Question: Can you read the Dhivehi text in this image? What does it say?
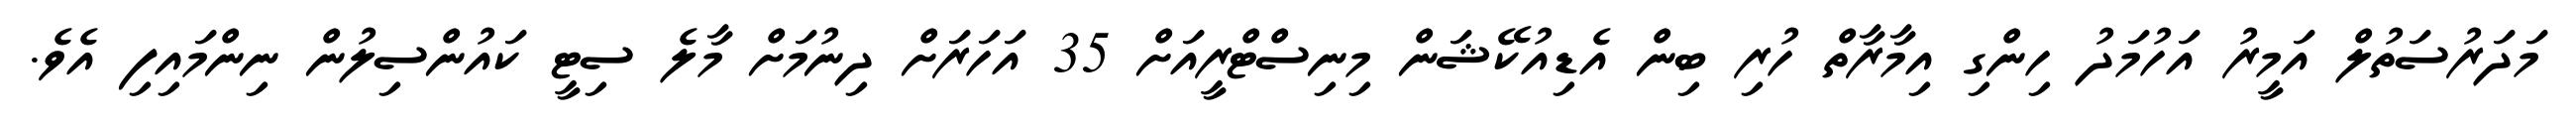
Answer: މަދަރުސަތުލް އަމީރު އަހުމަދު ހިންގި އިމާރާތް ހުރި ބިން އެޑިއުކޭޝަން މިނިސްޓްރީއަށް 35 އަހަރަށް ދިނުމަށް މާލެ ސިޓީ ކައުންސިލުން ނިންމައިފި އެވެ.